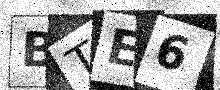
Text: BTE6